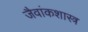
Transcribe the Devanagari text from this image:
जैवांकशास्त्र